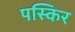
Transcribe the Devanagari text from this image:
पस्किर